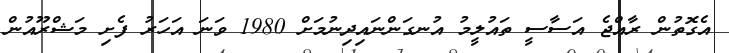
އެގޮތުން ރާއްޖެ އަސާސީ ތައުލީމު އުނގަންނައިދިނުމަށް 1980 ވަނަ އަހަރު ފެށި މަޝްރޫއުން